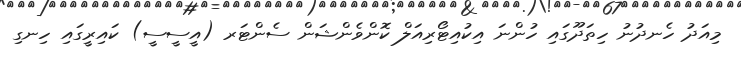
މިއަދު ހެނދުނު ހިތަދޫގައި ހުންނަ އިކުއިޓޯރިއަލް ކޮންވެންޝަން ސެންޓަރ (އީސީސީ) ކައިރީގައި ހިނގި